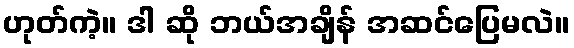
ဟုတ်ကဲ့။ ဒါ ဆို ဘယ်အချိန် အဆင်ပြေမလဲ။